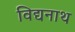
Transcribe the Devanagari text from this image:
विद्यनाथ